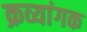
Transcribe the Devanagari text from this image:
क्रव्यांगक